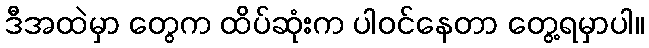
ဒီအထဲမှာ တွေက ထိပ်ဆုံးက ပါဝင်နေတာ တွေ့ရမှာပါ။